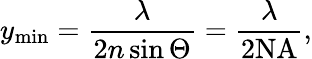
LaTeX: y_{\mathrm{min}}=\frac{\lambda}{2n\sin\Theta}=\frac{\lambda}{2\mathrm{NA}},